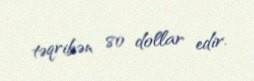
təqribən 80 dollar edir.